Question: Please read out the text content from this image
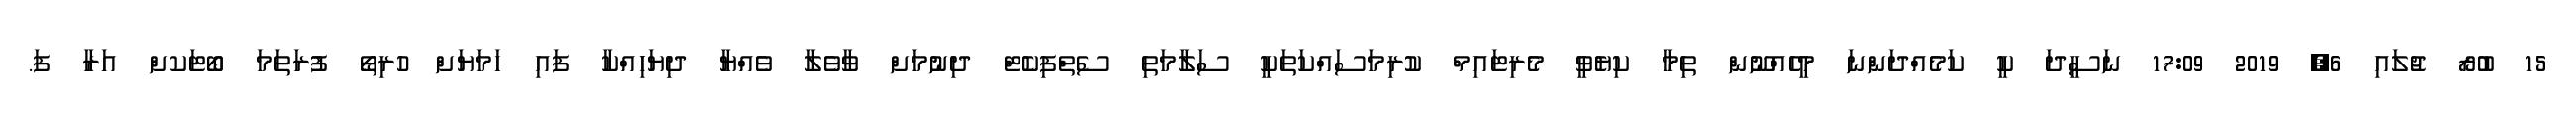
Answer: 15 ބުރޯ ޖުލައި 6, 2019 17:09 ނަސީދަ ކީ ކަމެއްދަންނަ މީހެއްނޫން ތިމާ ކިޔެވީ މެރިޓައިމް ކުރިމަސައްކަތަކީ ސަލާމަތި ސެތްފިކެޓް ދިނުމަށް ވާވެލާ ވެއްޔާ ދިޔަހިއްކާ ފައި ހަމަޔަށް ހުރިތޯ ފުރަތަމަ ބޯޓަކށް އަރާ ފަ.